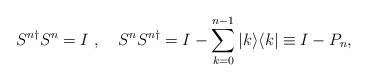
\begin{align*}S^{n\dagger}S^n=I\ , \quad S^nS^{n\dagger}=I-\sum_{k=0}^{n-1}|k\rangle\langle k|\equiv I-P_n, \end{align*}